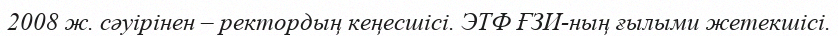
2008 ж. сәуірінен – ректордың кеңесшісі. ЭТФ ҒЗИ-ның ғылыми жетекшісі.